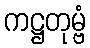
ကဋ္ဌတုမ္ဗံ